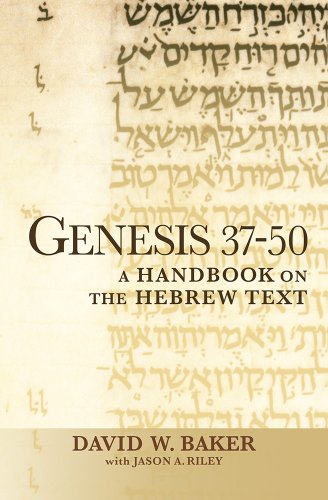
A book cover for Genesis 37-50: A Handbook on the Hebrew Text (Baylor Handbook of the Hebrew Bible); David Baker; Christian Books & Bibles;